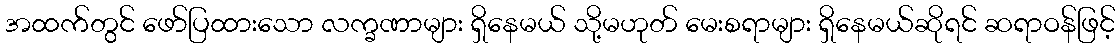
အထက်တွင် ဖော်ပြထားသော လက္ခဏာများ ရှိနေမယ် သို့မဟုတ် မေးစရာများ ရှိနေမယ်ဆိုရင် ဆရာဝန်ဖြင့်